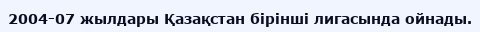
2004-07 жылдары Қазақстан бірінші лигасында ойнады.